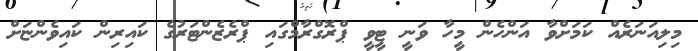
މިލިއަނަރެއް ކަމަށްވާ އަންހެން މީހާ ވަނީ ޓީވީ ޕްރޮގްރާމްގައި ޕްރެޒެންޓަރުގެ ކައިރިން ކައިވެންޏަށް